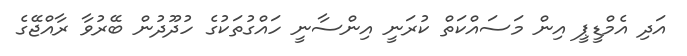
އަދި އެމްްޑީޕީ އިން މަސައްކަތް ކުރަނީ އިންސާނީ ހައްގުތަކުގެ ހުދޫދުން ބޭރުވާ ރާއްޖޭގެ